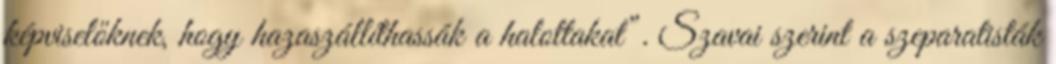
képviselőknek, hogy hazaszállíthassák a halottakat”. Szavai szerint a szeparatisták